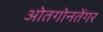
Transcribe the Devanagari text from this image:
ओतगोनतेंगर